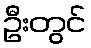
ဦးတွင်